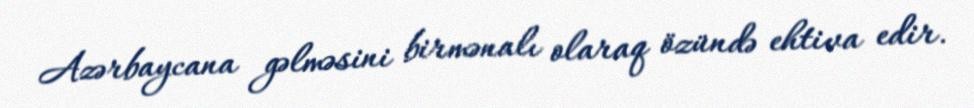
Azərbaycana gəlməsini birmənalı olaraq özündə ehtiva edir.